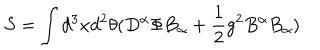
S = \int d ^ { 3 } x d ^ { 2 } \theta ( D ^ { \alpha } \Phi B _ { \alpha } + \frac 1 2 g ^ { 2 } B ^ { \alpha } B _ { \alpha } )